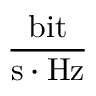
\frac { \mathrm { b i t } } { \mathrm { s } \cdot \mathrm { H z } }